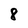
Character: 8